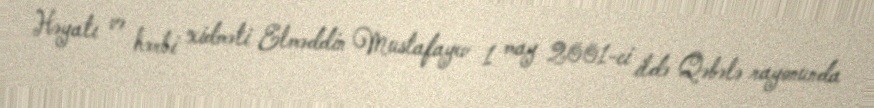
Həyatı və hərbi xidməti Elməddin Mustafayev 1 may 2001-ci ildə Qəbələ rayonunda